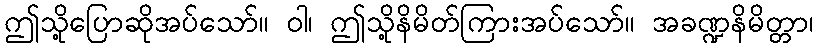
ဤသို့ပြောဆိုအပ်သော်။ ဝါ၊ ဤသို့နိမိတ်ကြားအပ်သော်။ အခဏ္ဍနိမိတ္တာ၊